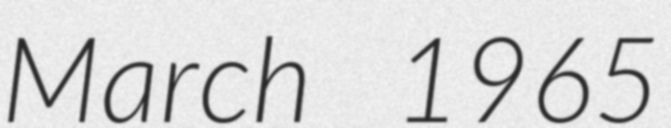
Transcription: March 1965